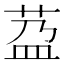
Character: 𦰆